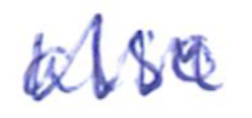
Text: also
Cross-out: zig-zag
Writing tool: ballpoint